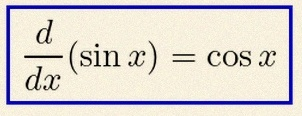
\frac{d}{dx}(\sin x)=\cos x